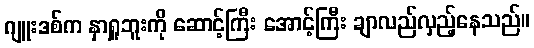
ဂျူးဒစ်က နှာရှူဘူးကို ဆောင့်ကြီး အောင့်ကြီး ချာလည်လှည့်နေသည်။